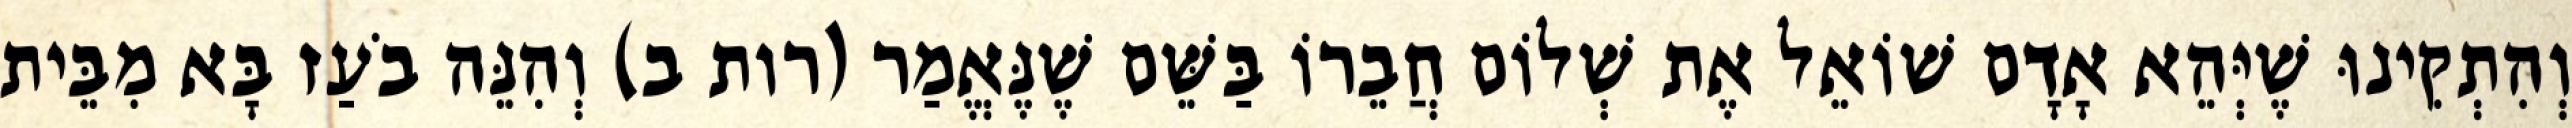
וְהִתְקִינוּ שֶׁיְּהֵא אָדָם שׁוֹאֵל אֶת שְׁלוֹם חֲבֵרוֹ בַּשֵּׁם שֶׁנֶּאֱמַר (רות ב) וְהִנֵּה בֹעַז בָּא מִבֵּית